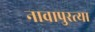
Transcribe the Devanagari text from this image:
नावापुरत्या